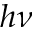
h \nu